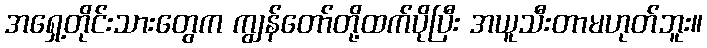
အရှေ့တိုင်းသားတွေက ကျွန်တော်တို့ထက်ပိုပြီး အယူသီးတာမဟုတ်ဘူး။